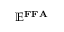
\mathbf { \mathbb { E } ^ { F F A } }